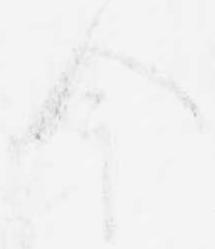
今